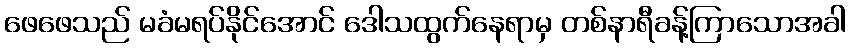
ဖေဖေသည် မခံမရပ်နိုင်အောင် ဒေါသထွက်နေရာမှ တစ်နာရီခန့်ကြာသောအခါ